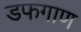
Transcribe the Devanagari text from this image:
डफगाण